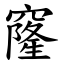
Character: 窿